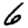
Digit: 6